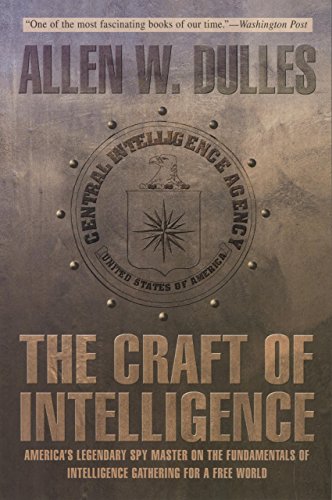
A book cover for Craft of Intelligence: America's Legendary Spy Master On The Fundamentals Of Intelligence Gathering For A Free World; Allen Dulles; Biographies & Memoirs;